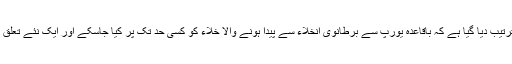
اس ڈیل کو اس طرح ترتیب دیا گیا ہے کہ باقاعدہ یورپ سے برطانوی انخلاء سے پیدا ہونے والا خلاء کو کسی حد تک پرُ کیا جاسکے اور ایک نئے تعلق کی شروعات ہوسکے۔